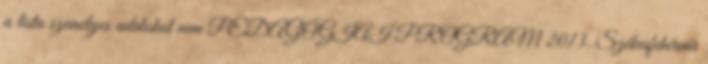
a lista személyes adatokat nem PEDAGÓGIAI PROGRAM 2013. Székesfehérvár